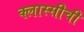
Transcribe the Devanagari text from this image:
क्लास्सीची